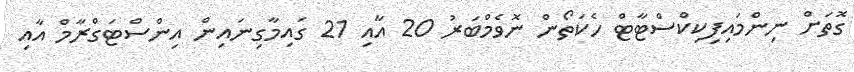
ގޮތަށް ނިންމައިފިކިކްސްޓާޓް ހެކަތޯން ނޮވެމްބަރު 20 އާއި 21 ގައިމާގިނައިން އިންސްޓަގްރާމް އާއި